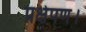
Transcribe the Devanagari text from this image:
प्रक्षेपण।